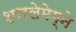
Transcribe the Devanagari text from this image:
शारलेमेग्ने